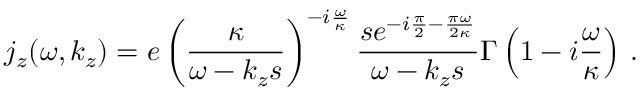
j _ { z } ( \omega , k _ { z } ) = e \left( \frac { \kappa } { \omega - k _ { z } s } \right) ^ { - i \frac { \omega } { \kappa } } \frac { s e ^ { - i \frac { \pi } { 2 } - \frac { \pi \omega } { 2 \kappa } } } { \omega - k _ { z } s } \Gamma \left( 1 - i \frac { \omega } { \kappa } \right) \, .